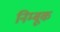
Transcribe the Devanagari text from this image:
निम्बूक